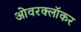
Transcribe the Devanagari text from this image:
ओवरक्लॉकर